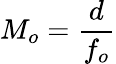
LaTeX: M_{o}={\frac{d}{f_{o}}}